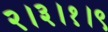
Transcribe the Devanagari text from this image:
२।३।१।९